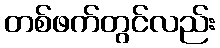
တစ်ဖက်တွင်လည်း